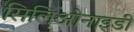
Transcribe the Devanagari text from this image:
सिलिओनाइडी